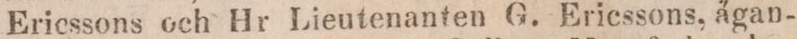
Ericssons och Hr Lieutenanten G. Ericssons, ägan-